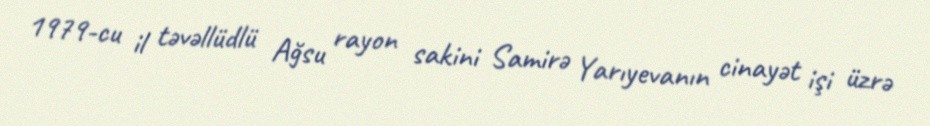
1979-cu il təvəllüdlü Ağsu rayon sakini Samirə Yarıyevanın cinayət işi üzrə